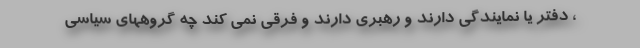
، دفتر یا نمایندگی دارند و رهبری دارند و فرقی نمی کند چه گروههای سیاسی